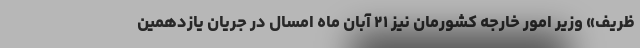
ظریف» وزیر امور خارجه کشورمان نیز ۲۱ آبان ماه امسال در جریان یازدهمین